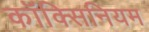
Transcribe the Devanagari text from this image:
कॉक्सिनियम